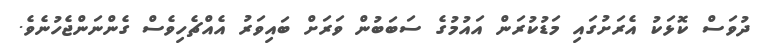
ދުވަސް ކޮޅަކު އެރަށުގައި މަޑުކުރަން އައުމުގެ ސަބަބުން ވަރަށް ބައިވަރު އެއްޗެހިވެސް ގެންނަންޖެހުނެވެ.